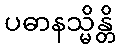
ပဓာနသ္မိန္တိ